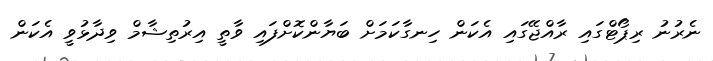
ނެރުނު ރިޕޯޓްގައި ރާއްޖޭގައި އެކަން ހިނގާކަމަށް ބަޔާންކޮށްފައި ވާތީ އިރުތިޝާމް ވިދާޅުވީ އެކަން